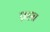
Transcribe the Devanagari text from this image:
व्रह्मा